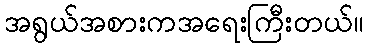
အရွယ်အစားကအရေးကြီးတယ်။